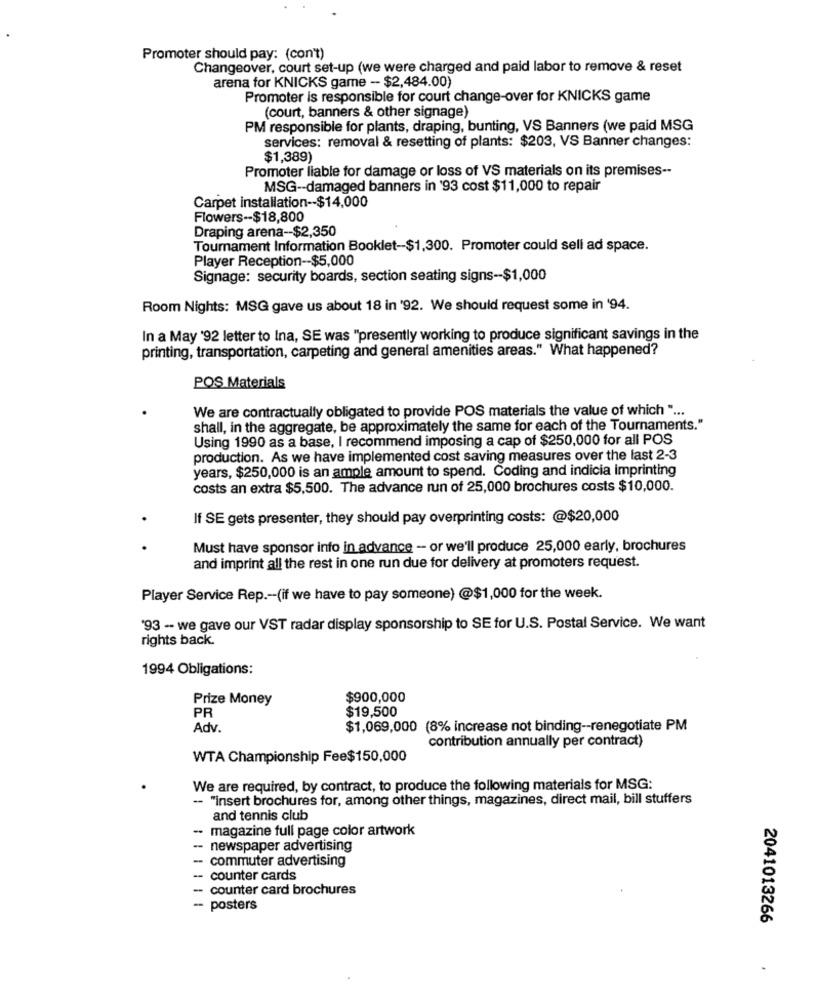
Promoter should pay: (con't)
Changeover, court set-up (we were charged and paid labor to remove & reset
arena for KNICKS game - $2,484.00)
Promoter is responsible for court change-over for KNICKS game
(court, banners & other signage)
PM responsible for plants, draping, bunting, VS Banners (we paid MSG
services: removal & resetting of plants: $203, VS Banner changes:
$1,389)
Promoter liable for damage or loss of VS materials on its premises --
MSG -- damaged banners in '93 cost $11,000 to repair
Carpet installation -- $14,000
Flowers -- $18,800
Draping arena -- $2,350
Tournament Information Booklet -- $1,300. Promoter could sell ad space.
Player Reception -- $5,000
Signage: security boards, section seating signs -- $1,000
Room Nights: MSG gave us about 18 in '92. We should request some in '94.
In a May '92 letter to Ina, SE was "presently working to produce significant savings in the
printing, transportation, carpeting and general amenities areas." What happened?
POS Materials
We are contractually obligated to provide POS materials the value of which " ...
shall, in the aggregate, be approximately the same for each of the Tournaments."
Using 1990 as a base, I recommend imposing a cap of $250,000 for all POS
production. As we have implemented cost saving measures over the last 2-3
years, $250,000 is an ample amount to spend. Coding and indicia imprinting
costs an extra $5,500. The advance run of 25,000 brochures costs $10,000.
If SE gets presenter, they should pay overprinting costs: @$20,000
Must have sponsor info in advance - or we'll produce 25,000 early, brochures
and imprint all the rest in one run due for delivery at promoters request.
Player Service Rep .-- (if we have to pay someone) @$1,000 for the week.
'93 -- we gave our VST radar display sponsorship to SE for U.S. Postal Service. We want
rights back.
1994 Obligations:
Prize Money
$900,000
PR
$19,500
Adv.
$1,069,000 (8% increase not binding -- renegotiate PM
contribution annually per contract)
WTA Championship Fee$150,000
We are required, by contract, to produce the following materials for MSG:
-- "insert brochures for, among other things, magazines, direct mail, bill stuffers
and tennis club
- magazine full page color artwork
newspaper advertising
-- commuter advertising
-
counter cards
counter card brochures
-- posters
2041013266